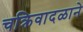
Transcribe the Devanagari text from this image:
चक्रिवादळाने